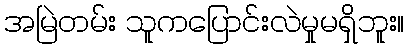
အမြဲတမ်း သူကပြောင်းလဲမှုမရှိဘူး။